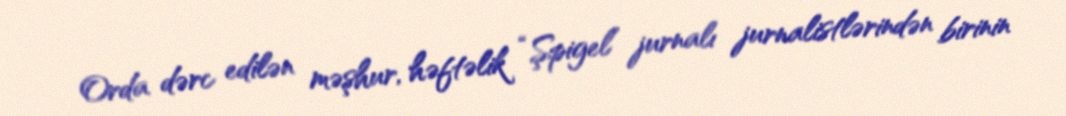
Orda dərc edilən məşhur, həftəlik “Şpigel” jurnalı jurnalistlərindən birinin